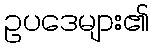
ဥပဒေများ၏